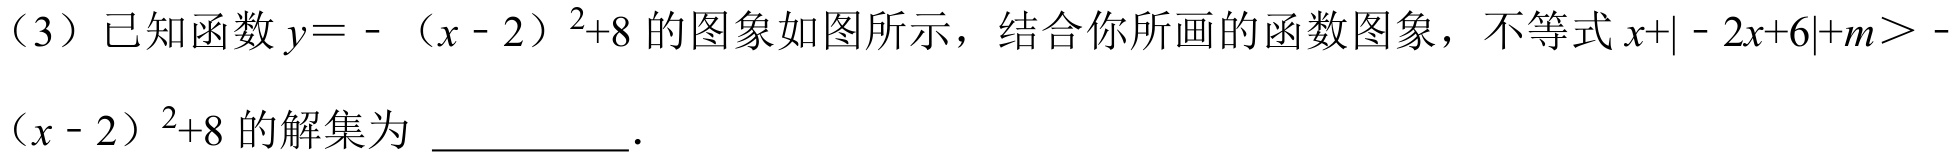
（3）已知函数$y = - (x - 2)^{2}+8$的图象如图所示，结合你所画的函数图象，不等式$x+\vert - 2x + 6\vert+m>-(x - 2)^{2}+8$的解集为 \_\_\_\_\_\_．